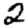
Digit: 2